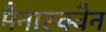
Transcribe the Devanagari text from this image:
मैनास्क्वैन